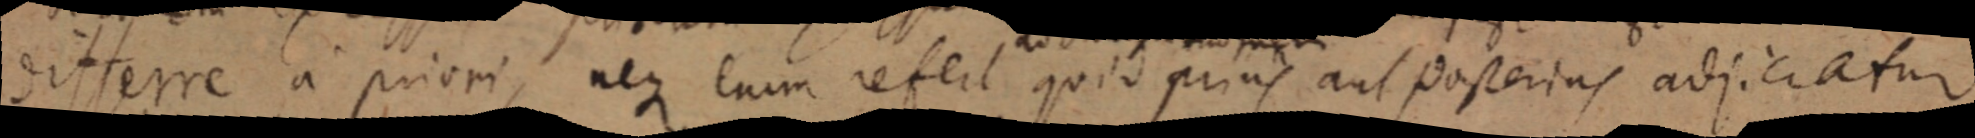
differre a priori, neque enim refert quid prius aut posterius adjiciatur